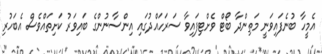
އެމީހާ ބުނެފައިވަނީ މަތިންދާ ބޯޓް ވެށްޓިފައިވާ ސަރަހައްދުގައި އިންސާނުންގެ ބައިވަރު ކަށިތައްވެސް އެބަހުރި